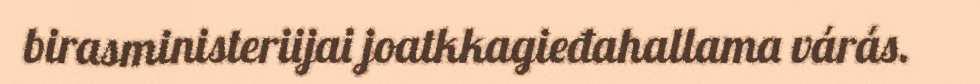
birasministeriijai joatkkagieđahallama várás.